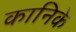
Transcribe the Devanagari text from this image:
कानिके